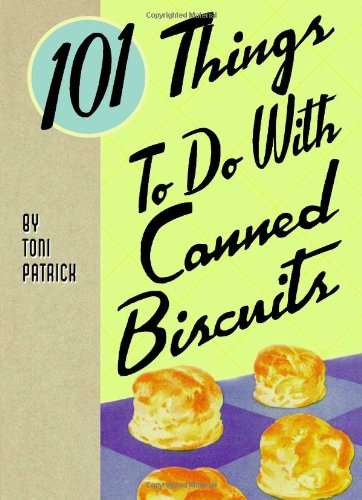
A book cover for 101 Things to Do with Canned Biscuits; Toni Patrick; Cookbooks, Food & Wine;